Vaccination in Burma 1912-1922 - 1912-1922
Year: 1912
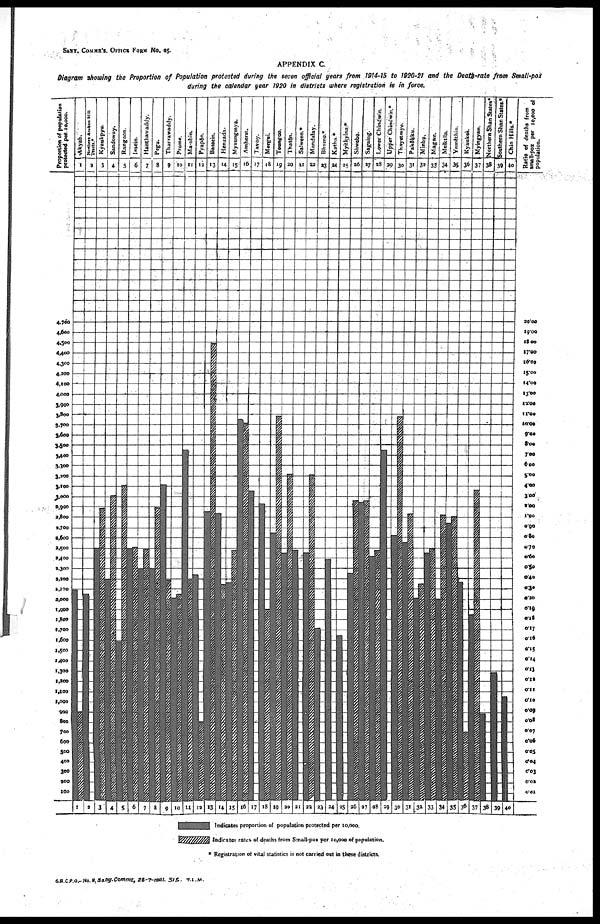
SANY. COMMR'S, OFFICE FROM No. 25.
APPENDIX C.
Diagram showing the Proportion of Population protected during the seven official years from 1914-15 to 1920-21 and the Death-rate from Small-pox
during the calendar year 1920 in districts where registration is in force.
G.B.C.P.O.—No. 9,Sany. Commr., 28-7-1921. 515. T.L.M.